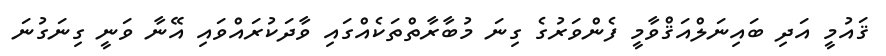
ޤައުމީ އަދި ބައިނަލްއަޤްވާމީ ފެންވަރުގެ ގިނަ މުބާރާތްތަކެއްގައި ވާދަކުރައްވައި އޭނާ ވަނީ ގިނަގުނަ